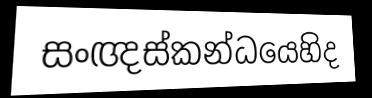
සංඥස්කන්ධයෙහිද